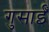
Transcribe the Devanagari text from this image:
गुसाईँ